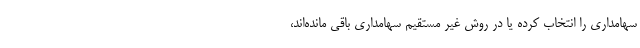
سهامداری را انتخاب کرده یا در روش غیر مستقیم سهامداری باقی مانده‌اند،